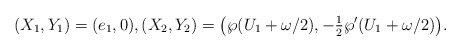
\begin{align*}(X_1,Y_1)= (e_1,0),(X_2,Y_2) = \big(\wp(U_1 + \omega/2), -\tfrac{1}{2}\wp'(U_1 + \omega/2)\big).\end{align*}